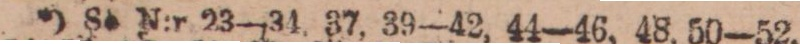
*) Se N:r 23—34, 37, 39—42, 44—46, 48, 50—52,